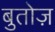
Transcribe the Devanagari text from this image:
बुतोज़